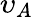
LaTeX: \upsilon_{A}